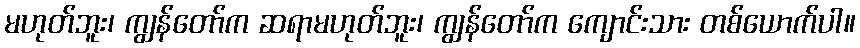
မဟုတ်ဘူး၊ ကျွန်တော်က ဆရာမဟုတ်ဘူး၊ ကျွန်တော်က ကျောင်းသား တစ်ယောက်ပါ။